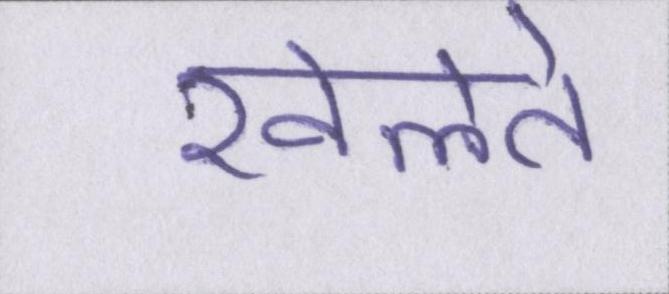
खेलते